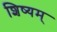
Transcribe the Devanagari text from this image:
शिष्यम्